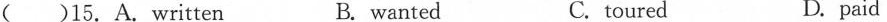
( )15.A. written B. wanted C. toured D. paid